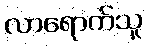
လာရောက်သူ